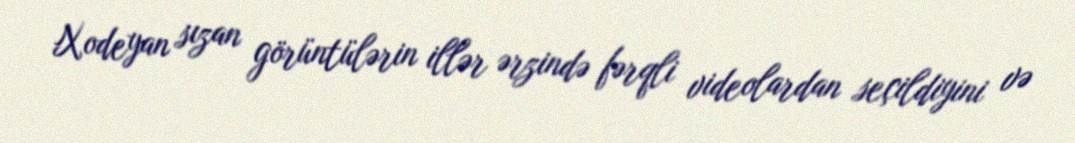
Xodeyan sızan görüntülərin illər ərzində fərqli videolardan seçildiyini və